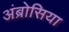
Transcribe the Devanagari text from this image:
अंब्रोसिया